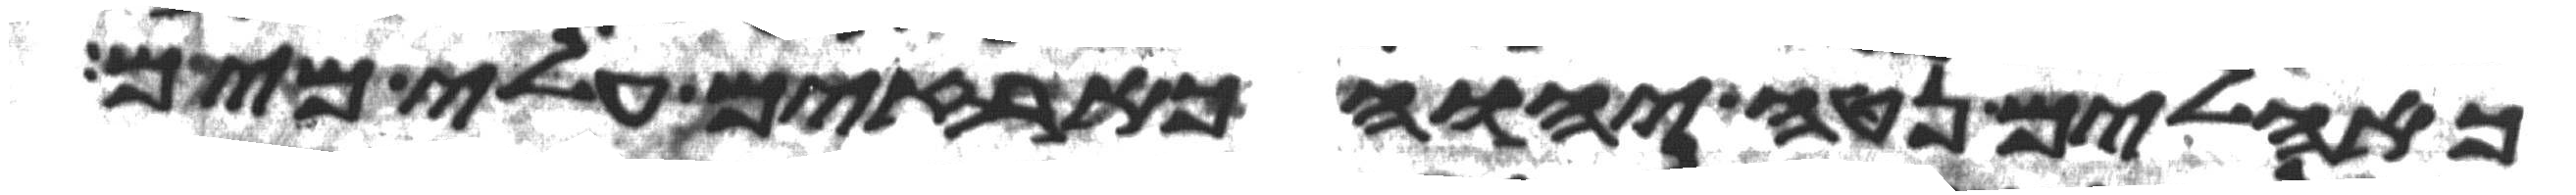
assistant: כאהלים נטה יהוה כארזים עלי מים